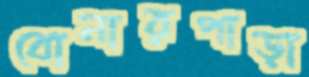
বোনারপাড়া